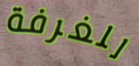
للغرفة